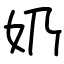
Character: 奶